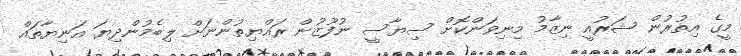
މީގެ އިތުރުން ޝަރުއީ ނިޒާމު މިނިވަންކޮށް ސިޔާސީ ނުފޫޒުން ރައްޔިތުންނަށް ލިބެމުންދިޔަ އަނިޔާތައް